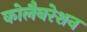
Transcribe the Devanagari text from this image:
कोलैबरेशन